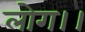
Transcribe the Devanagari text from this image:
लोग।।